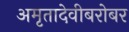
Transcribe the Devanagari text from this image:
अमृतादेवीबरोबर